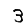
Digit: 3